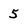
Character: 5